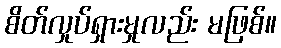
စိတ်လှုပ်ရှားမှုလည်း မဖြစ်။